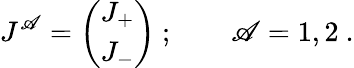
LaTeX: J^{\mathscr{A}}=\left(\begin{array}{c}{{J_{+}}}\\ {{J_{-}}}\end{array}\right)\ ;\qquad\mathscr{A}=1,2\ .